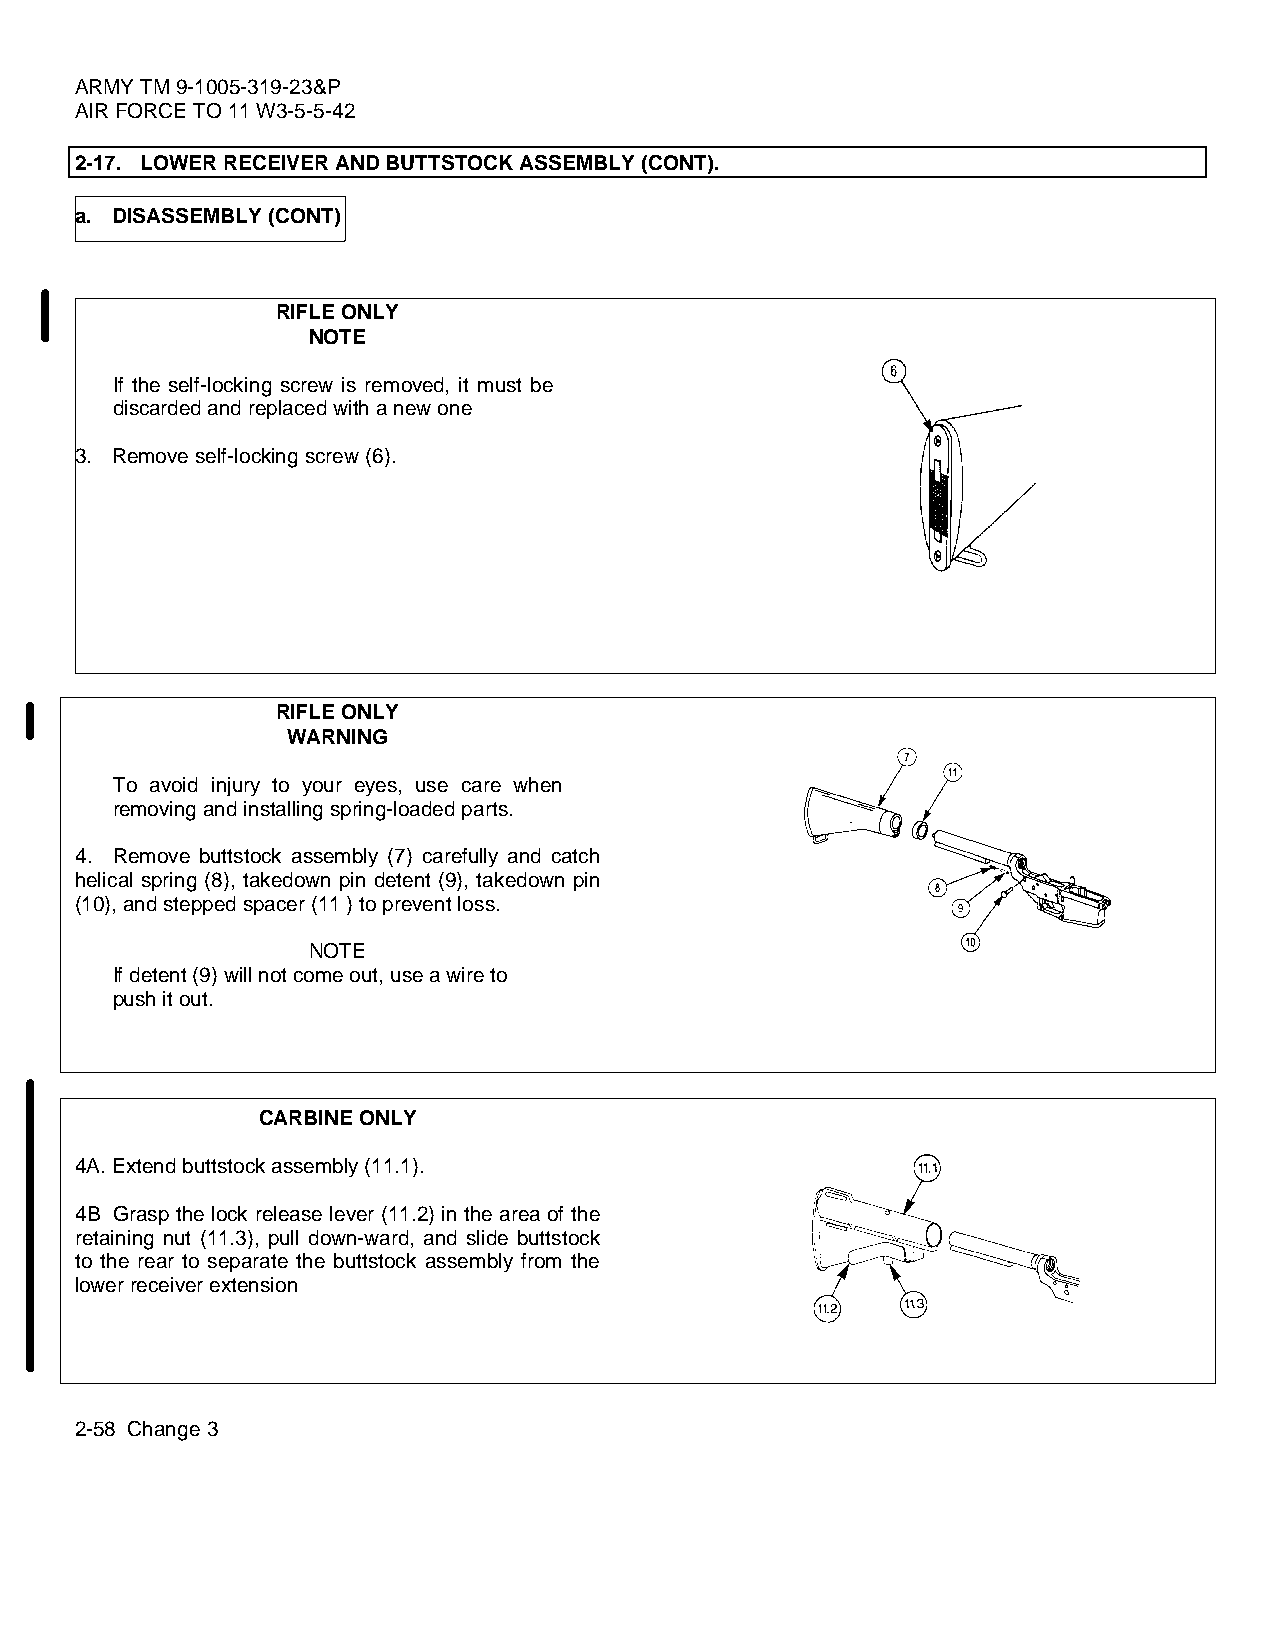
ARMY TM 9-1005-319-23&P
 AIR FORCE TO 11 W3-5-5-42
 2-17. LOWER RECEIVER AND BUTTSTOCK ASSEMBLY (CONT).
 a. DISASSEMBLY (CONT)
 RIFLE ONLY
 NOTE
 If the self-locking screw is removed, it must be
 discarded and replaced with a new one
 3. Remove self-locking screw (6).
 RIFLE ONLY
 WARNING
 To avoid injury to your eyes, use care when
 removing and installing spring-loaded parts.
 4. Remove buttstock assembly (7) carefully and catch
 helical spring (8), takedown pin detent (9), takedown pin
 (10), and stepped spacer (11 ) to prevent loss.
 NOTE
 If detent (9) will not come out, use a wire to
 push it out.
 CARBINE ONLY
 4A. Extend buttstock assembly (11.1).
 4B Grasp the lock release lever (11.2) in the area of the
 retaining nut (11.3), pull down-ward, and slide buttstock
 to the rear to separate the buttstock assembly from the
 lower receiver extension
 2-58 Change 3